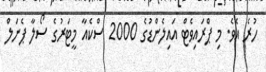
ހުރެ އެވެ. މި ޕްރައިވެޓް އައިލެންޑުގެ 2000 ސްކެއާ މީޓަރުގެ ސޯލާ ޕެނަލް